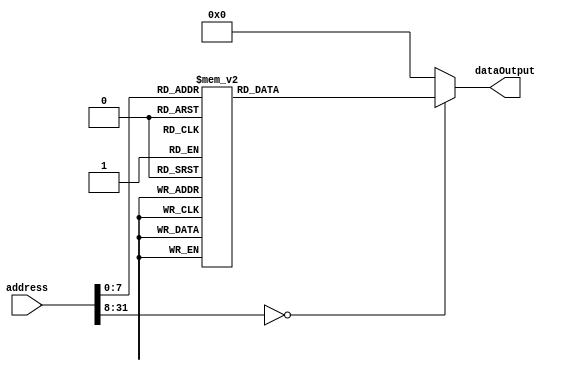
`timescale 1ns / 1ps
//////////////////////////////////////////////////////////////////////////////////
// Company: 
// Engineer: 
// 
// Design Name: 
// Module Name:    MemoriaParaIntrucciones 
// Project Name: 
// Target Devices: 
// Tool versions: 
// Description: 
//
// Dependencies: 
//
// Revision: 
// Revision 0.01 - File Created
// Additional Comments: 
//
//////////////////////////////////////////////////////////////////////////////////
module MemoriaParaIntrucciones(
	 input [31:0] address,
    output reg [31:0] dataOutput
    );
	 
	 always@*
	 begin                                            
		case(address)
				32'h00:      dataOutput = 32'b11100010000010011001111100000000 ; 
				/*------------Logica de espera------*/
				32'h04:      dataOutput = 32'b11100010000010011001111100000000 ;  
				32'h08:      dataOutput = 32'b11100010000000000000111100000000 ;   
				32'h0C:      dataOutput = 32'b11100010000000110011111100000000 ;  
				32'h10:      dataOutput = 32'b11100010100010011001111100010000 ;  
				32'h14:      dataOutput = 32'b11100101101110010001000000000000 ;  
				32'h18:      dataOutput = 32'b11100101101110010010000000000100 ;
				32'h1C:      dataOutput = 32'b11100101101110111101000000000000 ;     
				32'h20:      dataOutput = 32'b11100011010111011111111100000001 ;
				32'h24:      dataOutput = 32'b00001010000000000000000000001001 ;
				32'h28:      dataOutput = 32'b11100011010111011111111100000010 ;
				32'h2C:      dataOutput = 32'b00001010000000000000000000001111 ;
				32'h30:      dataOutput = 32'b11100011010111011111111100000011 ;
				32'h34:      dataOutput = 32'b00001010000000000000000000010001 ;
				32'h38:      dataOutput = 32'b11100011010111011111111100000100 ;
				32'h3C:      dataOutput = 32'b00001010000000000000000000010011 ;
				32'h40:      dataOutput = 32'b11100011010111011111111100000101 ;
				32'h44:      dataOutput = 32'b00001010000000000000000000011011 ;
				32'h48:      dataOutput = 32'b11100011010111011111111100000000 ;               
				32'h4C:      dataOutput = 32'b11101010111111111111111111101100 ;
							/*------------MULTIPLICACION------*/
				32'h50:      dataOutput = 32'b11100011100011001100111100000001 ;
				32'h54:      dataOutput = 32'b11100001010100101111000000000011 ;       
				32'h58:      dataOutput = 32'b00010000100000000000000000000001 ;         
				32'h5C:      dataOutput = 32'b00010000100000110011000000001100 ;          
				32'h60:      dataOutput = 32'b00011010111111111111111111111011 ;                                     
				32'h64:      dataOutput = 32'b11100101101010010000000000001000 ;        
				32'h68:      dataOutput = 32'b11100010000011011101111100000000 ;
				32'h6C:      dataOutput = 32'b11101010111111111111111111100100 ;  
									
									/*------------SUMA-----------*/
					
				32'h70:    	dataOutput = 32'b11100000100000010000000000000010 ;
				32'h74:    	dataOutput = 32'b11100101101010010000000000001000 ;          
				32'h78:   	dataOutput = 32'b11100010000011011101111100000000 ;
				32'h7c:     dataOutput = 32'b11101010111111111111111111100000 ;
								  
								  /*------------RESTA-----------*/
						
				32'h80:    	dataOutput = 32'b11100000010000010000000000000010 ;
				32'h84:    	dataOutput = 32'b11100101101010010000000000001000 ;          
				32'h88:   	dataOutput = 32'b11100010000011011101111100000000 ;
				32'h8c:     dataOutput = 32'b11101010111111111111111111011100 ;
						 
								 /*-----------------------------DIVISION---------------------*/
								 
									
				32'h90:      dataOutput = 32'b11100011100011001100111100000001 ;
				32'h94:      dataOutput = 32'b11100011010100101111111100000000 ; 
				32'h98:      dataOutput = 32'b00001010111111111111111111011100 ;         
				32'h9C:      dataOutput = 32'b11100001010100101111000000000001 ;           
				32'hA0:      dataOutput = 32'b10010000100000000000111111111100 ;           
				32'hA4:      dataOutput = 32'b10010000010000010001111111110010 ;         
				32'hA8:      dataOutput = 32'b10011010111111111111111111111011 ;          
				32'hAC:      dataOutput = 32'b11100101101010010000000000001000 ;    
				32'hB0: 	 dataOutput = 32'b11100010000011011101111100000000 ;
				32'hB4:      dataOutput = 32'b11101010111111111111111111010010 ;
						  
									/*-----------------------------MODULO---------------------*/
									 
				32'hB8:      dataOutput = 32'b11100011010100101111111100000000 ; 
				32'hBC:      dataOutput = 32'b00001010000000000000000000000010 ;
				32'hC0:      dataOutput = 32'b11100001010100101111111111110001 ;
				32'hC4:      dataOutput = 32'b10010000010000010001111111110010 ;
				32'hC8:      dataOutput = 32'b10011010111111111111111111111100 ;
				32'hCC:      dataOutput = 32'b11100001100000010000111111110000 ;
				32'hD0:      dataOutput = 32'b11100101101010010000000000001000 ;   
				32'hD4:      dataOutput = 32'b11100010000011011101111100000000 ;
				32'hD8:      dataOutput = 32'b11101010111111111111111111001001 ;
				
		
				default: dataOutput = 32'b0;
		endcase
	 end
endmodule